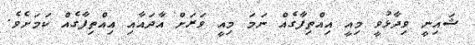
ޝައިނީ ވިދާޅުވީ މިއީ އިއްތިފާގެއް ނަމަ މިއީ ވަރަށް އާދައާއި އިއްތިފާގެއް ކަމަށެވެ.